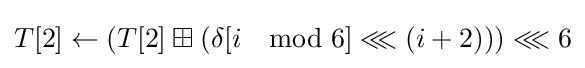
T[2]\leftarrow \left(T[2]\boxplus \left(\delta [i\mod 6]\lll \left(i+2\right)\right)\right)\lll 6